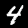
Digit: 4